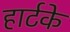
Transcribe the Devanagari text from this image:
हार्टके